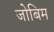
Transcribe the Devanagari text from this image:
जोबिम